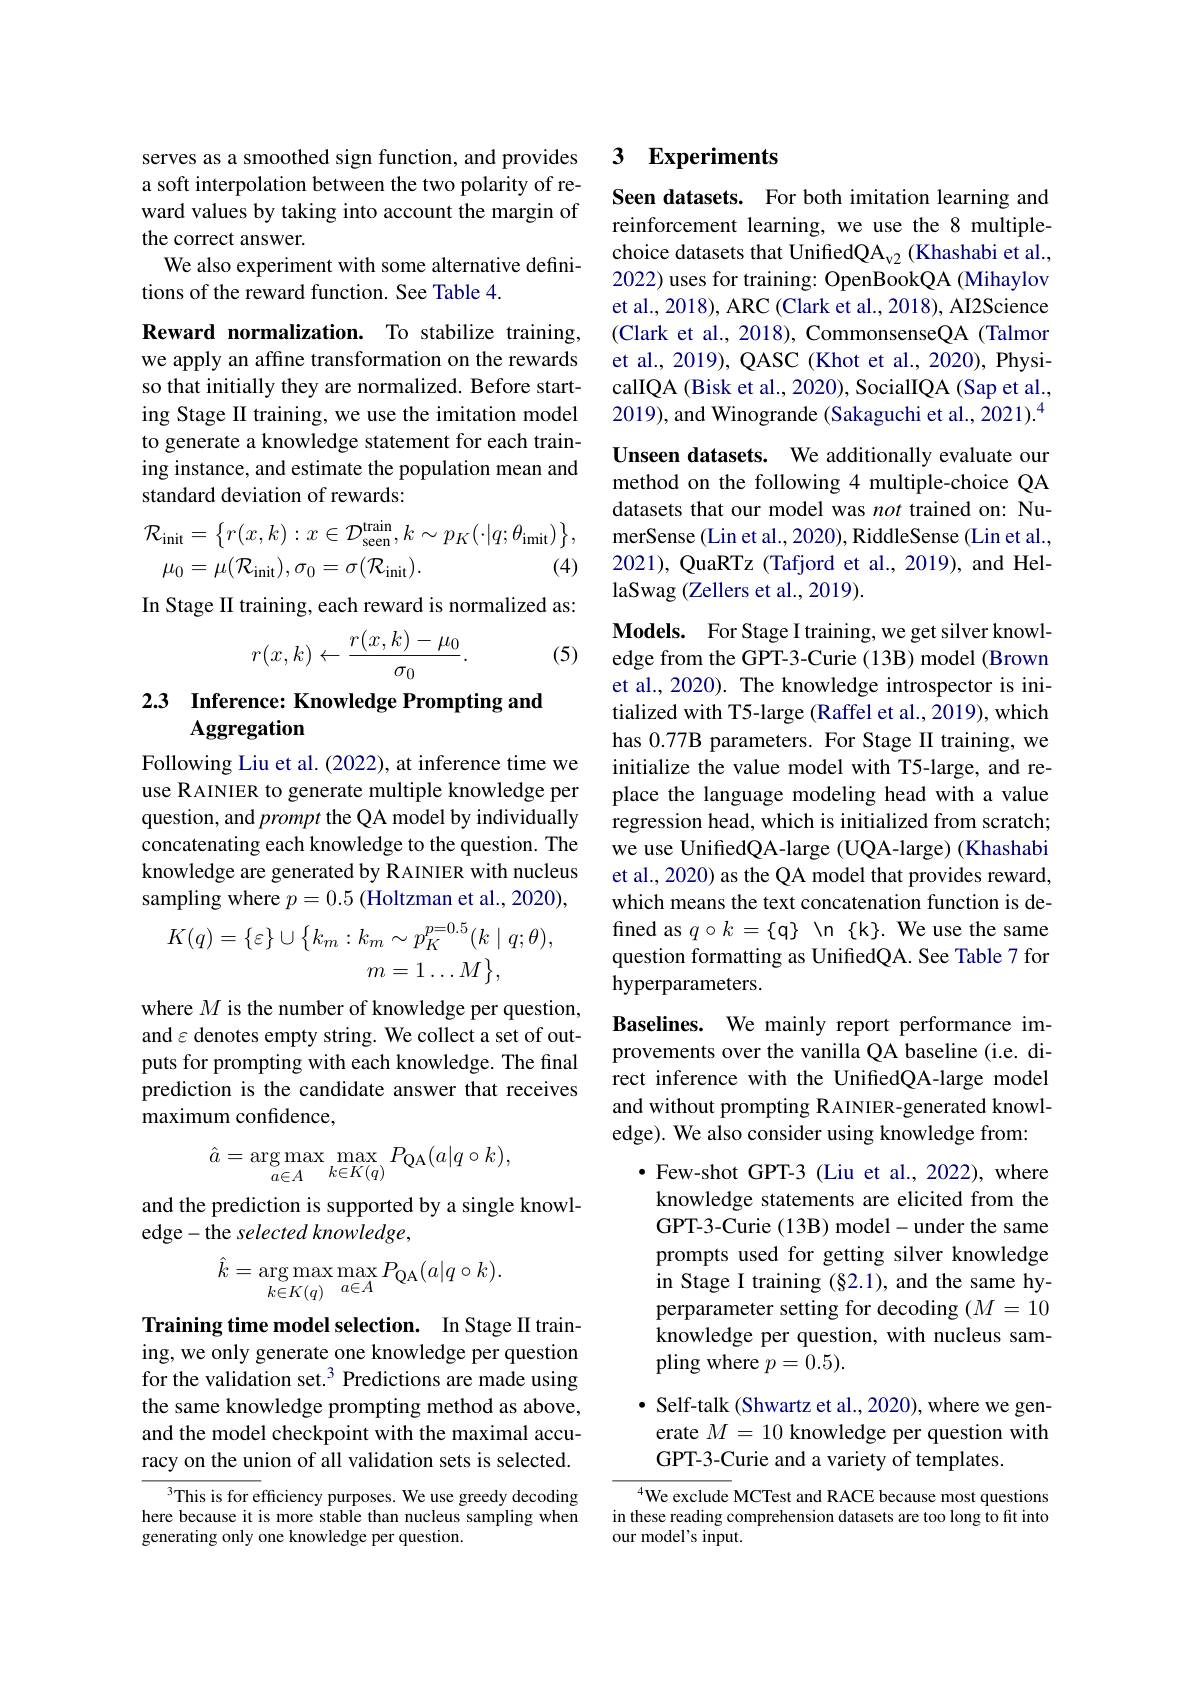
serves as a smoothed sign function, and provides a soft interpolation between the two polarity of reward values by taking into account the margin of the correct answer.
We also experiment with some alternative defini-
tions of the reward function. See Table 4.

Reward normalization. To stabilize training, we apply an affine transformation on the rewards so that initially they are normalized. Before starting Stage II training, we use the imitation model to generate a knowledge statement for each training instance, and estimate the population mean and standard deviation of rewards:
$$\begin{aligned}\mathcal{R}_{\mathrm{init}}&=\big\{r(x,k):x\in\mathcal{D}_{\mathrm{seen}}^{\mathrm{train}},k\sim p_{K}(\cdot|q;\theta_{\mathrm{imit}})\big\},\\\mu_{0}&=\mu(\mathcal{R}_{\mathrm{init}}),\sigma_{0}=\sigma(\mathcal{R}_{\mathrm{init}}).&\text{(4)}\end{aligned}$$
In Stage II training, each reward is normalized as:
$$r(x,k)\leftarrow\frac{r(x,k)-\mu_0}{\sigma_0}.$$
(5)

# 2.3 Inference: Knowledge Prompting and Aggregation

Following Liu et al. (2022), at inference time we use RAINIER to generate multiple knowledge per question, and prompt the QA model by individually concatenating each knowledge to the question. The knowledge are generated by RAINIER with nucleus sampling where $p=0.5$ (Holtzman et al., 2020),
$$K(q)=\{\varepsilon\}\cup\bigl\{k_m:k_m\sim p_K^{p=0.5}(k\mid q;\theta),\\m=1\dots M\bigr\},$$
where $M$ is the number of knowledge per question, and $\varepsilon$ denotes empty string. We collect a set of outputs for prompting with each knowledge. The final prediction is the candidate answer that receives maximum confidence,
$$\hat{a}=\arg\max_{a\in A}\max_{k\in K(q)}P_{\mathrm{QA}}(a|q\circ k),$$
and the prediction is supported by a single knowl-
edge- the selected knowledge,
$$\hat{k}=\arg\max_{k\in K(q)}\max_{a\in A}P_{\mathrm{QA}}(a|q\circ k).$$
Training time model selection. In Stage II training, we only generate one knowledge per question for the validation set.$^3$ Predictions are made using the same knowledge prompting method as above, and the model checkpoint with the maximal accuracy on the union of all validation sets is selected.

$^{3}$This is for efficiency purposes. We use greedy decoding here because it is more stable than nucleus sampling when generating only one knowledge per question.

### 3 $\textbf{Experiments}$

Seen datasets. For both imitation learning and reinforcement learning, we use the 8 multiplechoice datasets that UnifiedQA$_\mathrm{v2}$ (Khashabi et al., 2022) uses for training: OpenBookQA (Mihaylov et al., 2018), ARC (Clark et al., 2018), AI2Science (Clark et al., 2018), CommonsenseQA (Talmor et al., 2019), QASC (Khot et al., 2020), PhysicalIQA (Bisk et al., 2020), SocialIQA (Sap et al., 2019), and Winogrande (Sakaguchi et al., 2021).$^{4}$ Unseen datasets. We additionally evaluate our method on the following 4 multiple-choice QA datasets that our model was not trained on: NumerSense (Lin et al., 2020), RiddleSense (Lin et al., 2021), QuaRTz (Tafjord et al., 2019), and HellaSwag (Zellers et al., 2019).

Models. For Stage I training, we get silver knowledge from the GPT-3-Curie (13B) model (Brown et al., 2020). The knowledge introspector is initialized with T5-large (Raffel et al., 2019), which has 0.77B parameters. For Stage II training, we initialize the value model with T5-large, and replace the language modeling head with a value regression head, which is initialized from scratch; we use UnifiedQA-large (UQA-large) (Khashabi et al., 2020) as the QA model that provides reward, which means the text concatenation function is defined as $q\circ k=\{\mathfrak{q}\}\setminus$n $\{$k$\}.$ We use the same question formatting as UnifiedQA. See Table 7 for hyperparameters.
Baselines. We mainly report performance improvements over the vanilla QA baseline (i.e. direct inference with the UnifiedQA-large model and without prompting R AINIER-generated knowledge). We also consider using knowledge from:
$\bullet$ Few-shot GPT-3 (Liu et al., 2022), where knowledge statements are elicited from the GPT-3-Curie (13B) model-under the same prompts used for getting silver knowledge

in Stage I training (§2.1), and the same hyperparameter setting for decoding $(M=10$ knowledge per question, with nucleus sampling where $p=0.5).$

$\bullet$ Self-talk (Shwartz et al., 2020), where we gen-
erate $M=10$ knowledge per question with
GPT-3-Curie and a variety of templates.

$^{4}$We exclude MCTest and RACE because most questions in these reading comprehension datasets are too long to fit into our model's input.